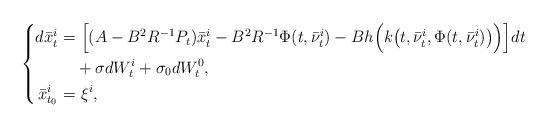
LaTeX: \begin{align*}\left\{\begin{aligned}d\bar{x}^i_t=&~\Big[(A-B^2R^{-1}P_t)\bar{x}^i_t-B^2R^{-1}\Phi(t,\bar{\nu}_t^i)-Bh\Big(k\big(t,\bar{\nu}_t^i,\Phi(t,\bar{\nu}_t^i)\big)\Big)\Big]dt\\&+\sigma dW_t^i+\sigma_0dW_t^0,\\\bar{x}^i_{t_0}=&~\xi^i,\end{aligned}\right.\end{align*}